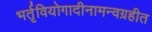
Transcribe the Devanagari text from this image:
भर्तृवियोगादीनामन्वग्रहीत